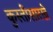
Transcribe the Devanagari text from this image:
कुस्तीसारखे